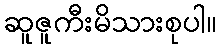
ဆူဇူကီးမိသားစုပါ။